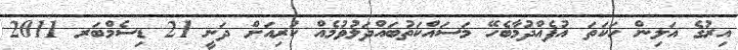
އިރުގެ އަލިން ހަކަތަ އުފެއްދުމާބެހޭ މަސައްކަތުބައްދަލުވުމެއް ކުރިއަށް ދަނީ 21 ޑިސެމްބަރ 2011